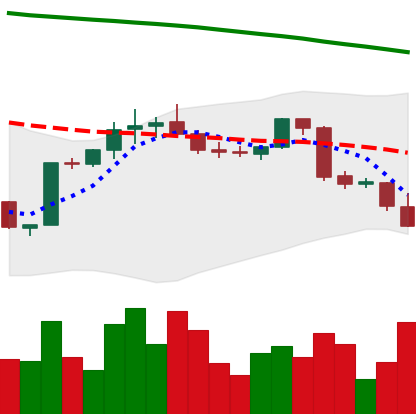
Ticker: BTC-USD
Chart end date: 2022-02-21
Forward return: 5.475%
Label: up_5_7